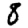
Digit: 8